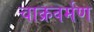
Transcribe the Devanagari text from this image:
चाक्रवर्मण